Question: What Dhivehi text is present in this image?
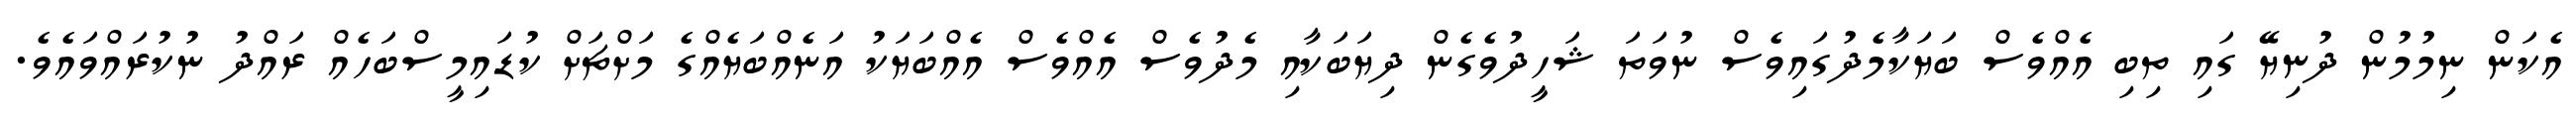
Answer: އެކަން ނިމުމުން ދުނިޔޭ ގައި ތިބި އެއްވެސް ބަޔަކާމެދުގައިވެސް ނުވަތަ ޝަހީދުވެގެން ދިޔަބަކާއި މެދުވެސް އެއްވެސް އެއްބަޔަކު އަނެއްބަޔެއްގެ މަށްޗަށް ކުޑައިމީސްބަހެއް ރައްދު ނުކުރައްވައެވެ.